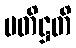
ပတိဋ္ဌတိ